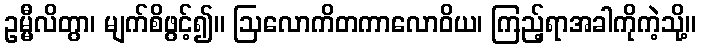
ဥမ္မီလိတွာ၊ မျက်စိဖွင့်၍။ ဩလောကိတကာလောဝိယ၊ ကြည့်ရာအခါကိုကဲ့သို့။